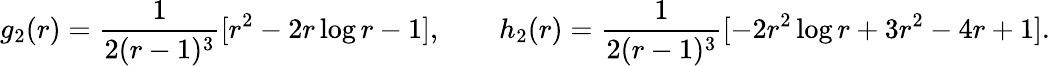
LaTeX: g_{2}(r)=\frac{1}{2(r-1)^{3}}[r^{2}-2r\log r-1],\qquad h_{2}(r)=\frac{1}{2(r-1)^{3}}[-2r^{2}\log r+3r^{2}-4r+1].